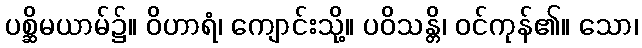
ပစ္ဆိမယာမ်၌။ ဝိဟာရံ၊ ကျောင်းသို့။ ပဝိသန္တိ၊ ဝင်ကုန်၏။ သော၊